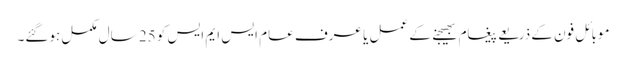
موبائل فون کے ذریعے پیغام بھیجنے کے عمل یا عرف عام ایس ایم ایس کو 25 سال مکمل ہوگئے۔